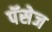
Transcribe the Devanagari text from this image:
पॅसेज